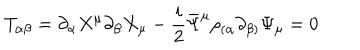
LaTeX: T _ { \alpha \beta } = \partial _ { \alpha } X ^ { \mu } \partial _ { \beta } X _ { \mu } - \frac { i } { 2 } \bar { \Psi } ^ { \mu } \rho _ { ( \alpha } \partial _ { \beta ) } \Psi _ { \mu } = 0